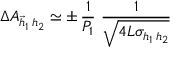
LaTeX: \Delta A _ { \vec { h } _ { 1 } \, h _ { 2 } } \simeq \pm \, \frac { 1 } { P _ { 1 } } \, \, \frac { 1 } { \sqrt { 4 { \cal { L } } \sigma _ { h _ { 1 } \, h _ { 2 } } } }